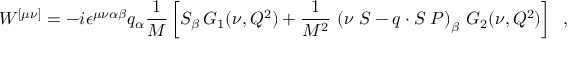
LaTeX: W ^ { [ \mu \nu ] } = - i \epsilon ^ { \mu \nu \alpha \beta } q _ { \alpha } { \frac { 1 } { M } } \left\lbrack S _ { \beta } \, G _ { 1 } ( \nu , Q ^ { 2 } ) + { \frac { 1 } { M ^ { 2 } } } \, \left( \nu \; S - q \cdot S \; P \right) _ { \beta } \, G _ { 2 } ( \nu , Q ^ { 2 } ) \right\rbrack \; \; ,